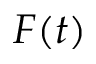
F ( t )